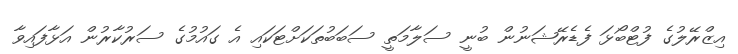
އިޒްރޭލުގެ ފުޓްބޯޅަ ފެޑެރޭޝަނުން ބުނީ ސަލާމަތީ ސަބަބުތަކަށްޓަކައި އެ ގައުމުގެ ސަރުކާރުން އަޅާފައިވާ